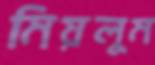
মিয়লুম